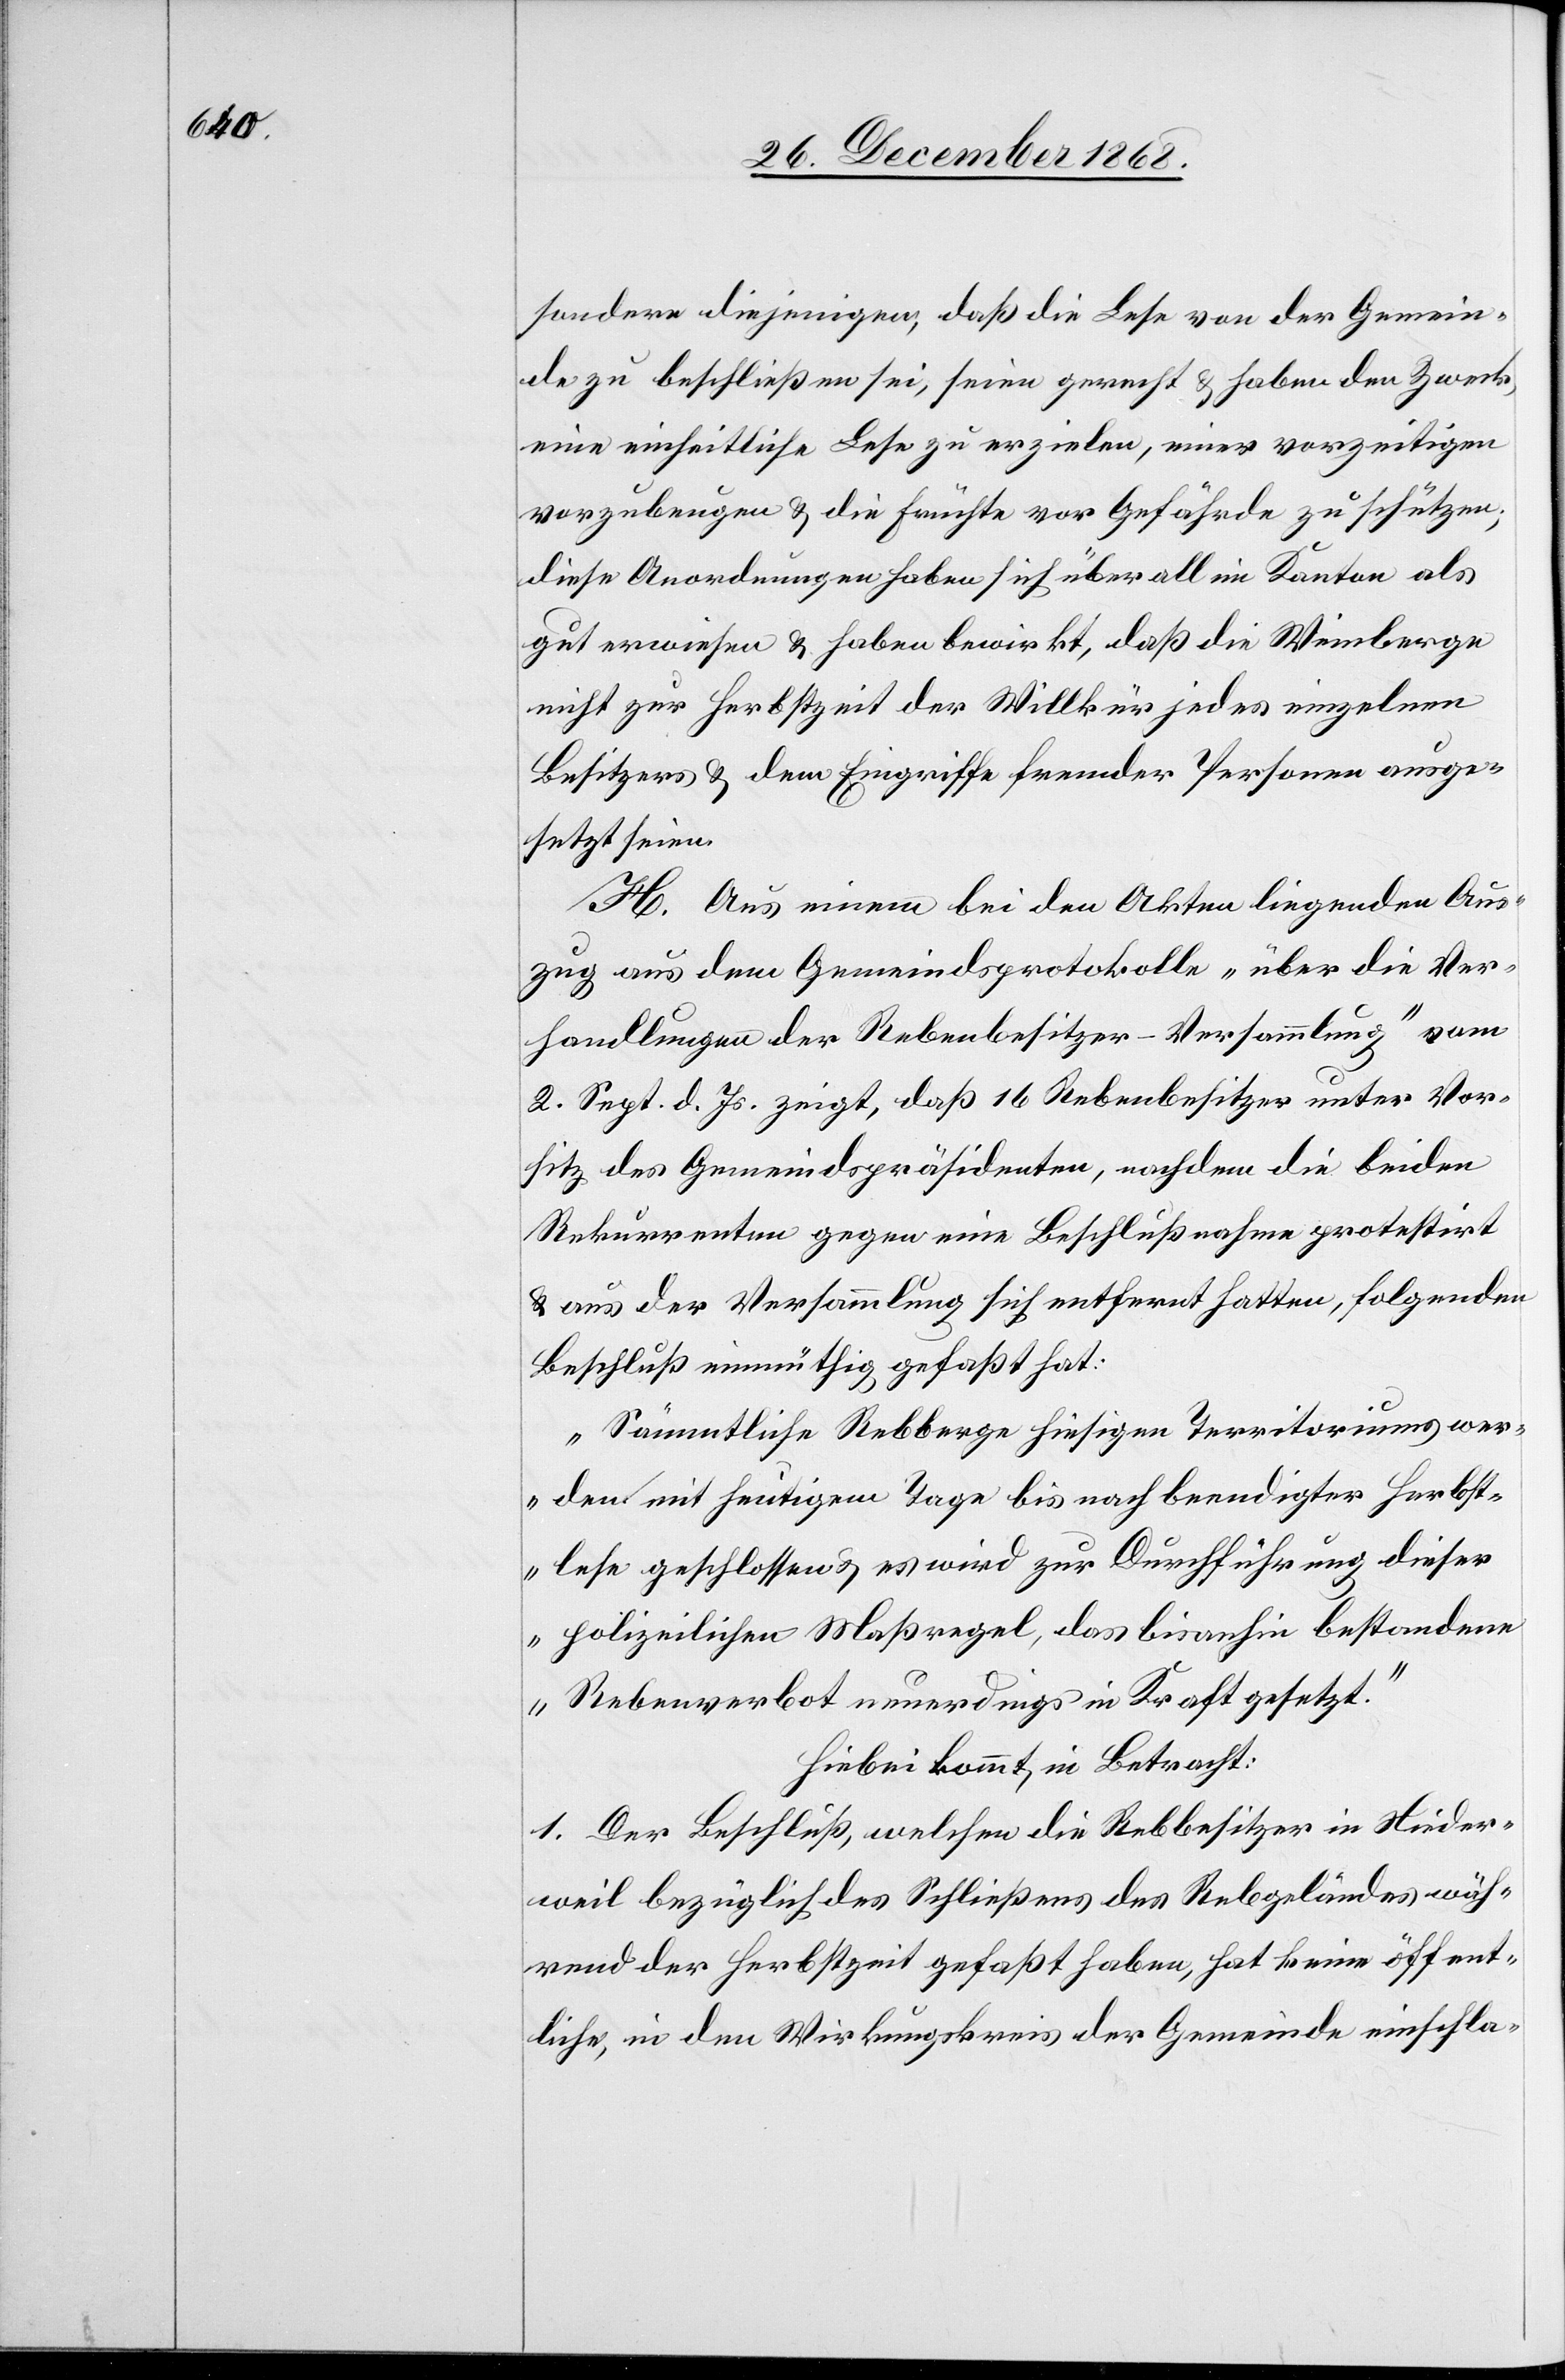
sondere diejenigen, daß die Lese von der Gemein¬
de zu beschließen sei, seien gerecht & haben den Zweck,
eine einheitliche Lese zu erzielen, einer vorzeitigen
vorzubeugen & die Früchte vor Gefährde zu schützen;
diese Anordnungen haben sich überall im Kanton als
gut erwiesen & haben bewirkt, daß die Weinberge
nicht zur Herbstzeit der Willkür jedes einzelnen
Besitzers & dem Eingriffe fremder Personen ausge¬
setzt seien.
H. Aus einem bei den Akten liegenden Aus¬
zug aus dem Gemeindsprotokolle „über die Ver¬
handlungen der Rebenbesitzer-Versammlung“ vom
2. Sept. d. Js. zeigt, daß 16 Rebenbesitzer unter Vor¬
sitz des Gemeindspräsidenten, nachdem die beiden
Rekurrenten gegen eine Beschlußnahme protestirt
& aus der Versammlung sich entfernt hatten, folgenden
Beschluß einmüthig gefaßt hat
„Sämmtliche Rebberge hiesigen Territoriums wer¬
den mit heutigem Tage bis nach beendigter Herbst¬
lese geschlossen & es wird zur Durchführung dieser
polizeilichen Maßregel, das bisanhin bestandene
Rebenverbot neuerdings in Kraft gesetzt.“
Hiebei kommt in Betracht:
1. Der Beschluß, welchen die Rebbesitzer in Nieder¬
weil bezüglich des Schließens des Rebgeländes wäh¬
rend der Herbstzeit gefaßt haben, hat keine öffent¬
liche, in den Wirkungskreis der Gemeinde einschla-